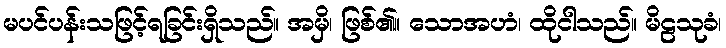
မပင်ပန်းသဖြင့်ရခြင်းရှိသည်။ အမှိ၊ ဖြစ်၏။ သောအဟံ၊ ထိုငါသည်။ မိဠသုခံ၊